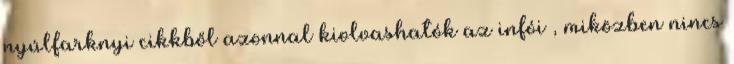
nyúlfarknyi cikkből azonnal kiolvashatók az infói , miközben nincs